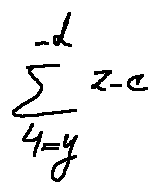
\sum \limits _ { 4 = y } ^ { - d } z - c